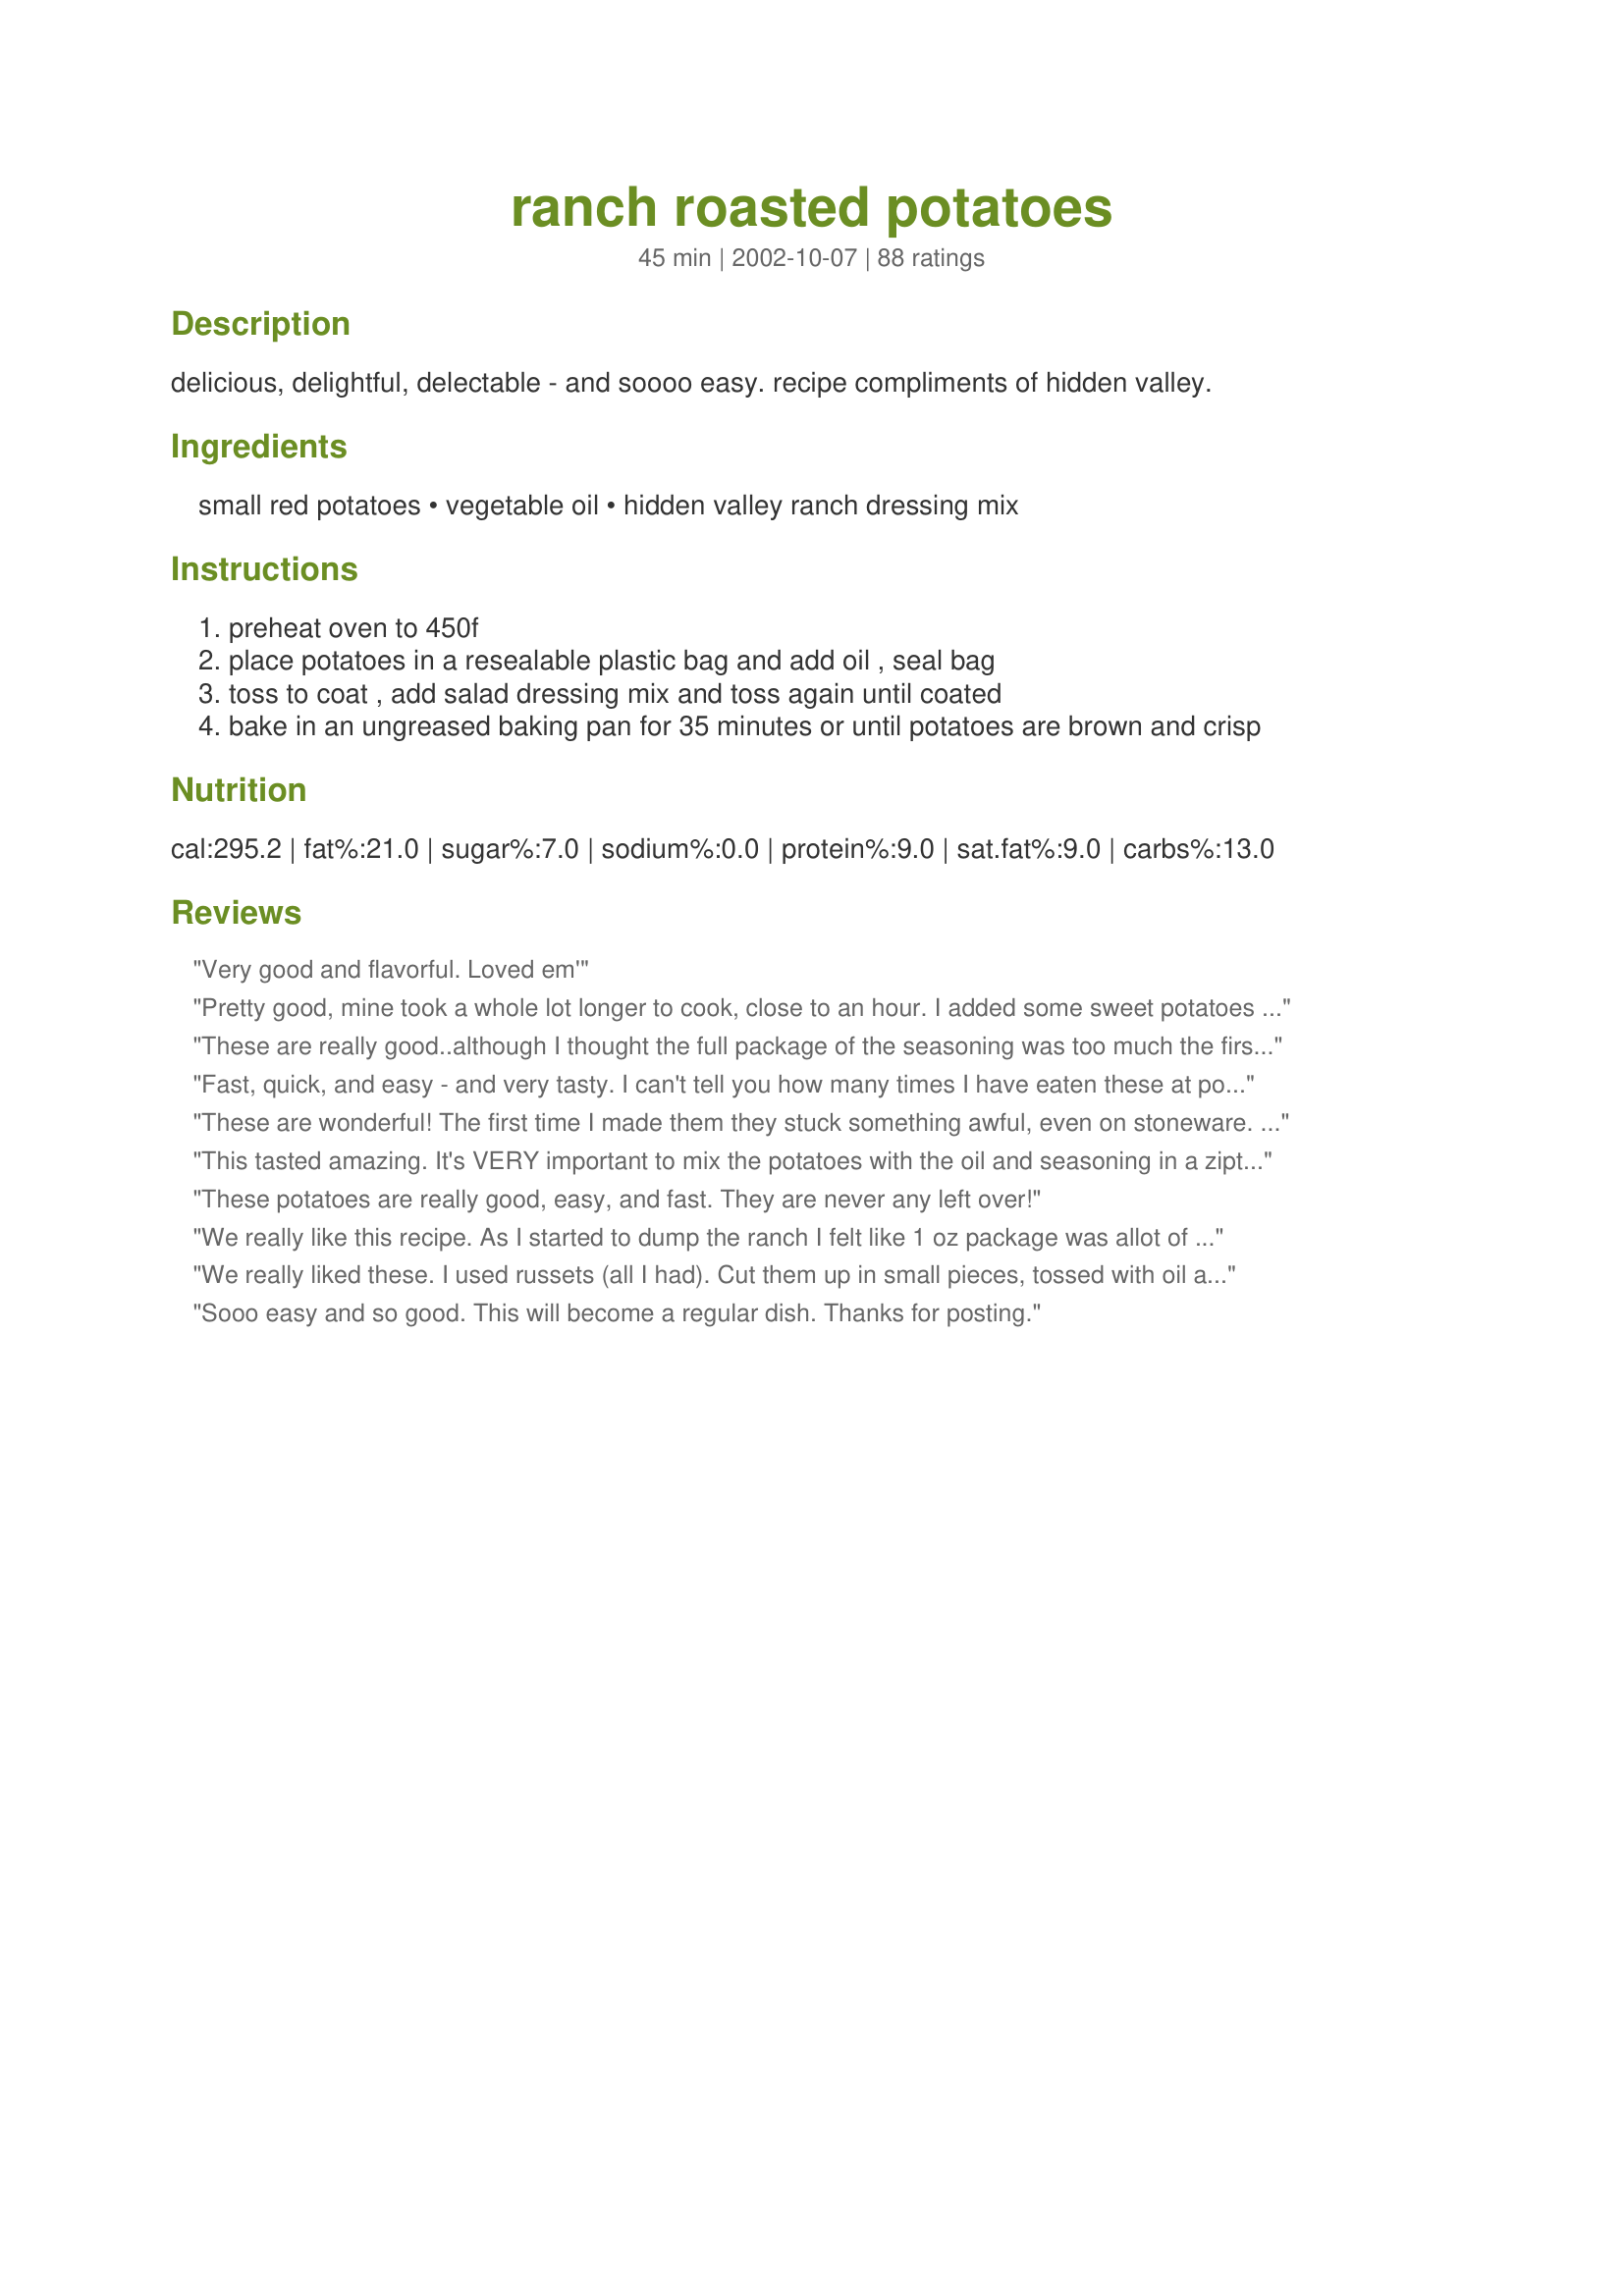
ranch roasted potatoes
Preparation time: 45 minutes

delicious, delightful, delectable - and soooo easy. recipe compliments of hidden valley.

Ingredients:
small red potatoes, vegetable oil, hidden valley ranch dressing mix

Steps:
preheat oven to 450f
place potatoes in a resealable plastic bag and add oil , seal bag
toss to coat , add salad dressing mix and toss again until coated
bake in an ungreased baking pan for 35 minutes or until potatoes are brown and crisp

Reviews:
Very good and flavorful. Loved em'
Pretty good, mine took a whole lot longer to cook, close to an hour. I added some sweet potatoes to the mix. Really stuck to my pan, next time I will Pam it or something. Thanks!
These are really good..although I thought the full package of the seasoning was too much the first time . I made them again tonight with olive oil and used about half the seasoning and baked it on parchment paper.
This solved everything!
They were perfect!
Fast, quick, and easy - and very tasty. I can't tell you how many times I have eaten these at potlucks and wished I had the recipe - and now I do. I can't believe how simple these were! The salad dressing mix really makes these so flavorful. They came out nice and tender and were enjoyed by all. Thanks for sharing.
These are wonderful! The first time I made them they stuck something awful, even on stoneware. Now I line the pan with parchment paper and have no more sticking issues. Everyone loves them.
This tasted amazing. It's VERY important to mix the potatoes with the oil and seasoning in a ziptop baggie first. I did it in the pan and the bits of seasoning and oil that stuck to the bottom of the dish instead of the potatoes ended up burning really badly. Also important to cut the potato pieces the same size for even cooking. I had some larger pieces that weren't cooked enough. :) Always a learning experience. But the flavor was GREAT!!
These potatoes are really good, easy, and fast. They are never any left over!
We really like this recipe. As I started to dump the ranch I felt like 1 oz package was allot of ranch mix, so I, unlike other reviewers, only added two thirds the package. I say know your family and watch, you might have more potatoes than I did. <br/>Thank you for the share... it will be a regular in this house.
We really liked these. I used russets (all I had). Cut them up in small pieces, tossed with oil and used half of the seasoning mix since I didn't have 2 lbs. of taters. Hubby said he likes them so we'll make it again. Thanks.
Sooo easy and so good. This will become a regular dish. Thanks for posting.
How easy and simple are these!? We are staying at a resort/cabin style hotel and didn't want to buy a ton of ingredients/condiments-these definitely fit the bill! They are my new goto roasted potato recipe-thank you Lorac!
I'm not sure what the rest of you liked about this. It was absolutly awful and I followed to directions exactly. These were the worst potatos I made in my entire life!
I've been making this for years and it is always a family pleasing dish. I'm so glad that you posted so that I don't have to type it up, LOL. Thank you, thank you, thank you =0)
Warning, make sure to use parchment paper or spray the baking pan first.

Ok, w/ that said, these little guys are really tasty and easy to make. They really crisp up and have are really tasty. I had these w/ some leftover grilled chicken breasts and definitely plan on making them again. Thanks for posting.
Wow---these are fabulous! I used Yukon Gold instead of red, and spicy ranch mix instead of original. Since my potato pieces ended up being a little larger, I roasted them for about 40 minutes to get that nice creamy interior and crispy outer crust. These went very well with the pork schnitzel I served last night for dinner.
These turned out really well. They browned nicely and had a great flavor
Awesome recipe! I made these last night as a side dish to our roast and they turned out great. I loved the flavor. The timing and temperature were perfect too. I will definitely be making these ones again. Thanks for another great recipe Diggy!

I liked these even better than the ones made with Lipton Onion Soup mix. I couldn't stop eating them!
Know this doesn't really need another "I Loved It" comment -- am forced to give my honest opinion -- TEN STARS. This has been in my cookbook for awhile to try -- and wish I had sooner. EASY, FAST, can get the rest of the meal ready and have these perfect! Used olive oil and "no stick" foil, and adjsuted the amount of ranch for the amount of potatoes. Really liked the "puffy" exterior, wonderfully browned, contrasting with the soft, moist interior. This is a to-go-to recipe -- will always have ranch dressing on hand from now on! Perfectly seasoned, only had to dump in a serving bowl. THANK YOU for having posted this way back in 2002 for us to use 10 years later!
Easy, quick, no changes, DELICIOUS. What more needs to be said.
My son that even hates ranch loved these taters. Thanks for a change of pace.
Very quick, easy and tasty side dish. My 11yr old DS and I had fun making this dish together. I only done the cutting he done the rest. He was very proud of his meal and I was proud of him. We will be making this more often. Thank you for posting this wonderful recipe.
These were a great side dish. I used "Epicure Selections" Ranch dressing mix, approx. 6 tsps of it.
I did have a little bit of a problem with the potaotes sticking to the bottom of the pan and I think I will grease it next time. I will also use a lower temperature too, as they began to brown very quickly and I ended turning them down to 400 as so not burn the tops before the middle was fully cooked. I really liked the flavour and will definitely make these again, thanks!

These were really tasty...I found myself going back and snitching "just one more"...about ten or more times! LOL I think next time I'll add some more garlic, but that's just because I LOVE garlic and the ranch wasn't quite garlicky enough for me. But that's just my own personal preference. However, I'll definitely be making these again. I strongly agree with making sure you non-stick spray the pan really, really well...I gave the foil enough of a spray to lightly coat the pan and had a bit of a tough time getting it off the foil. S'okay, though...just experience for the next time I make it! LOL Thanks for a lovely recipe, and I'm praying you're up and feeling 100% ASAP, hon'. Made for the Cook-a-thon for Lorac, July 08.
We loved the crispy skin on these. I will make these again, only adding more ranch flavoring. I must of used too many potatoes cuz we just couldn't taste the ranch as much as we would like. I will make again, with a bit more ranch flavoring. thank you for sharing this recipe with us, i really liked how simple this was.
Part of the reason this got 5 stars was the easy of preparation. How simple and it was really good.
A great tasting easy way to prepare potatoes. I make similar potatoes using dry french onion soup/dip mix and this was a nice change. I made these in a roasting pan and roasted them, uncovered, for about 40 minutes. I did sprinkle on a little bit of dried parsely and paprika. I had some trouble with the potatoes sticking to the bottom of the pan; I think I will grease my pan next time around. You can also grill these: place in an aluminum pan, cover with foil and grill for 1 hour, turning occasionally. I served these aside of London Broil and a tossed salad.
I used to make this a lot but hadn't thought of this recipe forever... thanks for posting & reminding me of this delicious side dish!
My family said "give this a 5 thumbs up"....served it with Ranch Chicken #42603...great dinner
I hate red potatoes, but I made it with peeled and cubed russets and they were delish. Nice and crispy and flavorful. We served with sour cream.
I really should have read some more of the reviews before making these as if I had I would have greased the pan. Other than that little detail these were great! I liked that they didn't taste like ranch, but had a nice "put together" flavor that I sometimes find missing if I just mix up spices to sprinkle on roasted potatoes. Easy, good, and quick. Just what I need on week nights!
Very easy and yummy potatoes. Thanks for an easy potato recipe.
Easy & delicious! The dressing mix adds a nice zing to the potatoes but doesn't scream ranch mix. Served with Recipe #444830 and a green salad. Thank you for sharing the recipe!
Family really enjoyed these!
These were good! I agree with previous postings, you definitely need to grease the baking sheet or spray with Pam, but the recipe tasted great! Served with Recipe #16705 and Berry Cheese Pie for dessert!
Very tasty potatoes. I used a ranch seasoning and dressing mix recipe from Zaar (47249) with great results. I drizzled oil over the potatoes and then sprinkled on about a tablespoon of the ranch dressing mix, then tossed. I stirred half way through roasting and sprinkled on some more dressing mix. Thanks for the recipe.
This is a easy recipe, but very good. I had to use up some russets so I used those instead, but the recipe was still great. I took the advice of other reviewers and lined my pan with aluminum foil and sprayed with nonstick spray. Thank you for posting this recipe.
These made a wonderful sidedish! My husband couldn't stop eating them. I used a different flavored powdered dip packet because that was all I had (bacon flavor) and it was great with that. I'll do the ranch packet next time.
Needed something for a quick dinner side dish-this fit the bill perfectly! So delicious, and only 3 ingredients....perfect!
Very good recipe. My DH really liked them. Cooked up just perfect. Thanks for posting this recipe.
WoW!!! i love this, sooo good. thanks for posting.
Very tasty potatoes! I made them at Christmas and they were one of my family's favourites.
These are a great side- used olive oil instead of vegetable oil. Also coat with seasoning and mircowave for 10 min to soften then finish off in the oven to crisp up.
This was a wonderful recipe! So easy and delicious! My picky boy ate a bunch of them! I did add a little bit of kosher salt in with the ranch/oil mix, though! Thanks!
Hit the spot! The only problem I had was that mine stuck to the pan quite a bit. Nothing major but I might spray the pan first the next time. I cut my potatoes up smaller so they would cook faster too. Yummy!
Great flavour! However, there was way too much oil which made the potatoes burn on the outside before they were cooked all the way through. But, definitely worth fiddling with the recipe.
So easy and so good, a great side dish.
Made it with russets since that is all I had, I baked at 425 for 1 hr, last 10 mins of baking I sprinkled cheese over the top and they were excellant! Thanks!
I have been making these potatoes for several years now, and they are delicious. I sometimes add parmesan cheese or drizzle ranch dressing over the top of them after they come out of the oven.
Great recipe I also added cheese the last 10 minutes of baking. These will be made again for sure. Thanks so much for posting!
Oh yum! I made this exactly as listed and the potatoes are very tasty, a real people pleaser. My father, who always uses ketchup for potatoes like this didn't even get the bottle out of the frig, that says a lot believe me. A definate keeper!
I've made this many times and it's one of our favorites! I usually use olive oil and sometimes add diced onion and/or mushrooms. It always turns out great.
I have made these a lot since I found the recipe some time ago and am surprised I never reviewed it. These are a great side dish to my simple roasted pork tenderloins...so incredibly easy and tasty too.
We had this one night along with a grilled London Broil. MMMM. We will have this often I'm sure.
delicious potatoes!!! I made with less oil and added a little bit of I can't believe its not butter. Great recipe!!!
These were good! I had to use stir fry oil, as I found I was out of vegetable oil. I also used russet potatoes (cut into sixths) instead of red (personal preference). I put them on parchment paper and they didn't stick at all. I lowered the oven temp to 425 and cooked them for an hour so they would brown more. I will definitely make these again...thanks!
Mmmmmm gooooood. These were excellent and easy to make. My picky 10 year old asked for seconds. This will be in rotation at our dinner table.
I served this with Beer Can Chicken recipe #9549. We all enjoyed it and my MIL asked for the recipe. She was so surprised when I told her how easy it was.
I had a couple of batches of tiny red potatoes from the farmers market. This was the perfect recipe to use them up. I used extra virgin olive oil when making them (just personal preference). The only thing keeping me from giving these a five star review is the fact we would've liked the ranch flavor to be a little stronger. We did end up sprinkling a little garlic salt and pepper on them to add some more flavor. We will simply use more ranch mix next time. Thanks for a delicious side to our meal. Thanks!
These are very Yummy with the Ranch dressing baked on the Red Potatoes. Very easy to make. Served them with garlic chicken thighs & corn on the cob. Very good.
This was a nice flavourful side dish. I used white potatoes cut into chunks instead of red, took the skins off for health reasons and used extra virgin olive oil instead of vegetable oil. Thanks for posting!
Nice easy and tasty recipe.
These were great! I think I didn't use enough potatoes or used too much oil because they were a little too greasy but I did spray the foil before adding the potatoes. I also added some minced onions, garlic powder and seasoned salt. Wonderful flavor!
These were awesome!! We had company over for dinner this evening and I knew I wanted to do roasted potatoes of some kind. I'm so glad I saw this recipe because it was easy and delicious! My guests couldn't believe the ingredients. They were so flavorful. I added a pinch of Kosher salt, but besides that kept the recipe the same. Wonderful!!
Great recipe! My son even had seconds which is somthing considering I usually have to make 2 seperate meals each night. I will be making this recipe quite often. Thanks!
Don't know why I haven't reviewed this recipe before.....I make it very frequently, and we love it!
My family loved them! I cut the oil in half and they still turned out great.
Pretty tasty- thanks for sharing!
I've tried several variations on this recipe, including salt, pepper, and any blend of seasoning I like, such as italian seasoning, garlic rosemary, etc. Just don't over salt, and it's great.
Man, my meal tonight was filled with keepers! These potatoes are wonderful. I did find that I needed more than 1 oz of Hidden Valley Ranch Dressing to get a good flavor. Also, I would toss the potatoes a couple of times during cooking as mine stuck just a little bit because I waited too late to try to toss them. My neighbors were our guests tonight and they send their thanks to Zaar for a great meal. Thanks Lorac!
Boy are these good!! I served them with Recipe #151785, Recipe #116202 and Recipe #100526 and it was a FANTASTIC meal! I cut my potatoes a little smaller than called for because I needed to bake them at the same time as the fish and it needed a lower temperature. They turned out delicious. I used olive oil in stead of vegetable oil. Next time I'll put only half of it in the bag and see how it coats the potatoes because there was more than necessary, I felt. Thanks for sharing this simple but tasty recipe Lorac!
After reading all the good reviews, I was rather disappointed. This was only OK>
So easy and great. Served it at a BBQ arty I had for 15 people and everyone raved. I made it with Fiesta Ranch so it gave it a kick.
Delicious but they stuck to the pan, I think it should be greased. Thanks for sharing...
Great recipe. We have them with burgers instead of french fries - I can prepare them a little while ahead and leave them in the ziploc bag - throw them in a baking dish on parchment paper - no mess, easy cleanup. Love 'em. Thanks for recipe.
Lorac,
These potatoes are awesome, the family loved them. I made 3 lbs of small red potatoes and did the seasoning x2. I also used a glass dish and sprayed it generously. I hope you get well soon lorac.
*hugs*
I loved it! It was really easy and delicious. Satisfying home cooking!
Extremely easy and tasty! I thought these were going to taste like Ranch dressing, but instead the mix gave just enough spice and zing to the potatoes. Everyone loved them at lunch along with some buffalo wings. Thanks :)
Excellent potatoes! I used olive oil instead of vegetable oil, and I had the dry Ranch mix in a large bottle. It said 3 Tablespoons = 1 oz. packet, so I put 3 Tablespoons in the bag after I coated the potatoes with oil. I WAS actually going to follow a recipe to the letter, for once! Well, the seasoning seemed to disappear (I would lessen the oil and up the Ranch seasoning next time, maybe), so when I dumped the potatoes on the foil-lined baking pan, I sprinkled them with more Ranch seasoning. My husband even dipped them in Ranch dressing as he was eating them (I didn't - I liked them as-is)! I guess we're Ranch-y. Anyway, I PAM'd the heck out of my baking pan, and some still stuck a bit. Rebels. Oh well. ;) The baking time and temperature were right on, even though I cut my potatoes into...like....6ths. As I was putting the leftovers away, the hubs kept grabbing potatoes off the baking sheet to eat...and he's not really a potato-kinda-guy! So yeah, I'll be keeping this one. I served them with Recipe #136013. Thanks for posting this!
I made this recipe exactly as written with two deviations; I reduced the oil to 2 tbsp of olive oil and used russet potatoes. The flavor of these potatoes is wonderful. Before reading this recipe, I never thought of using ranch mix in this manner. I used 2 large russet baking potatoes peeled and cut into chunks. They were fluffy and creamy on the inside and crispy crunchy on the outside. I will definitely be making this recipe again and again. Thank you!
I %u2665 %u2665 %u2665 recipes that have just a few ingredients to toss together, throw them in the oven and they come out tasting fabulous! However, I have to work on something to keep them from sticking so much to my pan! I thought I had greased the pan well enough. They did crisp up very nice, and still tasted great!
This was a real winner in my house. I would suggest lining the pan with foil in order to avoid a mess to clean up. It couldn't be simpler. Thanks for posting.
These turned out great. My kids even loved them. A definite keeper.
My husband is not a fan of potatoes at all, and he even loved this!
This is a wonderful recipe that all of my family loves! I have made it many times. I get the restaurant size Hidden Valley Ranch dry mix at Sam's Club for cheap so I always have it. MY family thanks you.
My husband and I loved these potatoes. I used fat-free ranch dressing mix on 1 1/2 pounds of new red potatoes and roasted them on a non-stick foil lined pan. Crispy outside, soft inside, they were delicious and very attractive, I would definitely serve these to guest as they are so easy and pretty. We ate them with broiled pork chops and honey glazed carrots. Thanks for posting this recipe Lorac, I'll definitely make these again.
This was a great side dish for our meal last night. For those who won't eat it because they don't like ranch, they are missing out!! Husband and son don't like Ranch and they chowed these down!
Thank you Lorac, will make again!!
These were very well received by my dinner guests, but I thought they had too much ranch. Took recommendation of others and cooked on parchment paper. Clean up was a breeze! I used Russet - that&#039;s what I had. Also used home made ranch seasoning - likely from this site - and used 1/4 C Olive Oil and 3 Tbl ranch seasoning. Next time - will add salt to the seasoning and use less seasoning. Super easy recipe - thank you so much for posting - I&#039;m sure I&#039;ll use this base many many times and adjust the seasoning depending on what I&#039;m making (rosemary alone, cajun seasoning, greek seasoning etc...) Thanks!
